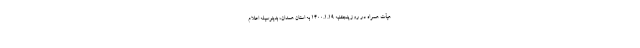
هیأت همراه در روز پنجشنبه ۱۴۰۰.۱.۱۹ به استان همدان، بدینوسیله اعلام